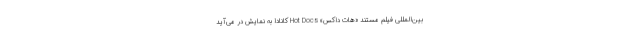
بین‌المللی فیلم مستند «هات داکس» Hot Docs کانادا به نمایش در می‌آید